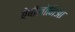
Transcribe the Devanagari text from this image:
बेबीलोनिआ